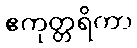
ဧကုတ္တရိကာ